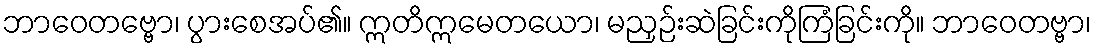
ဘာဝေတဗ္ဗော၊ ပွားစေအပ်၏။ ဣတိဣမေတယော၊ မညှဉ်းဆဲခြင်းကိုကြံခြင်းကို။ ဘာဝေတဗ္ဗာ၊